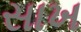
સાખ